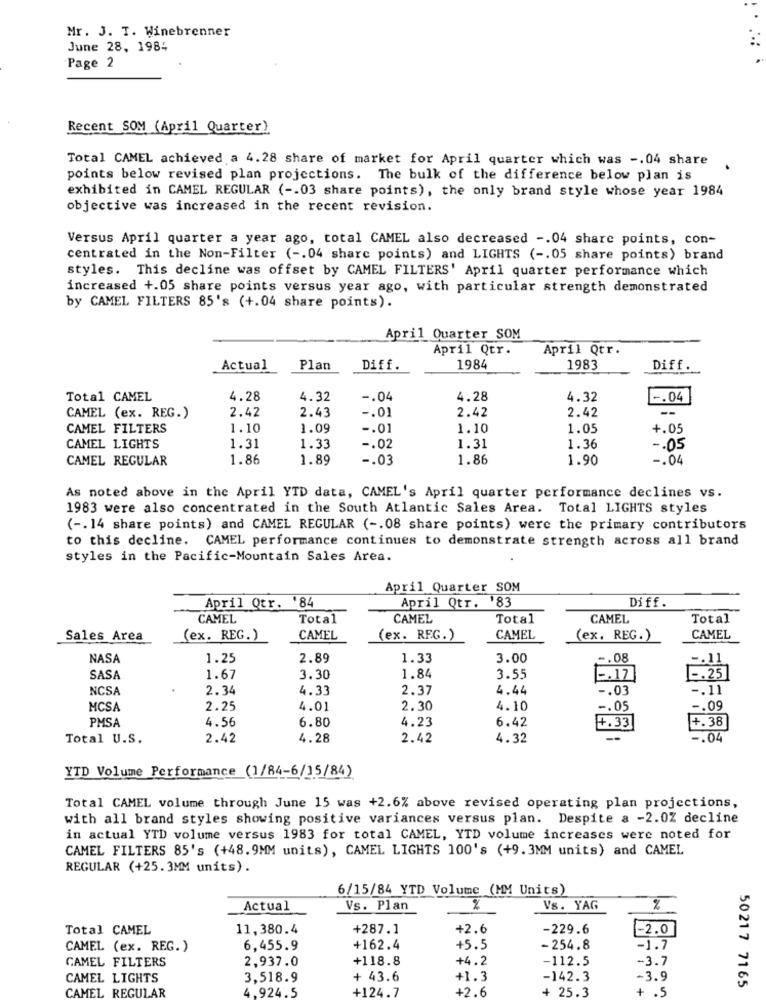
Mr. 3. T. Winebrenner
June 28, 1984
Page 2
Recent SOM (April Quarter)
Total CAMEL achieved a 4.28 share of market for April quarter which was -. 04 share
points below revised plan projections. The bulk of the difference below plan is
exhibited in CAMEL REGULAR ( -- 03 share points), the only brand style whose year 1984
objective was increased in the recent revision.
Versus April quarter a year ago, total CAMEL also decreased -. 04 share points, con-
centrated in the Non-Filter ( -. 04 share points) and LIGHTS ( -. 05 share points) brand
styles. This decline was offset by CAMEL FILTERS' April quarter performance which
increased +.05 share points versus year ago, with particular strength demonstrated
by CAMEL FILTERS 85's (+.04 share points).
April Quarter SOM
April Qtr.
April Qtr.
Actual
Plan
Diff.
1984
1983
Diff ..
Total CAMEL
4.28
4.32
-. 04
4.28
4.32
- . 04
2.42
2.43
-. 01
2.42
--
CAMEL (ex. REG.)
2.42
CAMEL FILTERS
1.10
1.09
-. 01
1.10
1.05
+.05
CAMEL LIGHTS
1.31
1.33
-. 02
1.31
1.36
-. 05
CAMEL REGULAR
1.86
1.89
-. 03
1.86
1.90
-. 04
As noted above in the April YTD data, CAMEL's April quarter performance declines vs.
1983 were also concentrated in the South Atlantic Sales Area. Total LIGHTS styles
( -. 14 share points) and CAMEL REGULAR ( -. 08 share points) were the primary contributors
to this decline. CAMEL performance continues to demonstrate strength across all brand
styles in the Pacific-Mountain Sales Area.
April Quarter SOM
April Qtr. '84
April Qtr. '83
Diff.
CAMEL
Total
CAMEL
Total
CAMEL
Total
Sales Area
(ex. REG.)
CAMEL
(ex. REG.)
CAMEL
(ex. REG.)
CAMEL
NASA
1.25
2.89
1.33
3.00
. 08
11
SASA
1.67
3.30
1.84
3.55
-. 17
-. 25
NCSA
2.34
4.33
2.37
4.44
-. 03
-. 11
MCSA
2.25
4.01
2.30
4.10
-. 05
-. 09
4.56
4.23
6.42
+.33
PMSA
6.80
+.38
Total U.S.
2.42
4.28
2.42
4.32
-. 04
YTD Volume Performance (1/84-6/15/84)
Total CAMEL volume through June 15 was +2.6% above revised operating plan projections,
with all brand styles showing positive variances versus plan. Despite a -2.0Z decline
in actual YTD volume versus 1983 for total CAMEL, YTD volume increases were noted for
CAMEL FILTERS 85's (+48.9MM units), CAMEL LIGHTS 100's (+9.3MM units) and CAMEL
REGULAR (+25. 3MM units).
6/15/84 YTD Volume (MM Units)
Actual
Vs. Plan
%
Vs. YAG
%
Total CAMEL
11,380.4
+287.1
+2.6
-229.6
-2.0
CAMEL (ex. REG.)
6,455.9
+162.4
+5.5
-254.8
-1.7
CAMEL FILTERS
2,937.0
+118.8
+4.2
-112.5
-3.7
CAMEL LIGHTS
3,518.9
+ 43.6
+1.3
-142.3
-3.9
4.924.5
+124.7
+2.6
+ 25.3
+ .5
50217 7165
CAMEL REGULAR